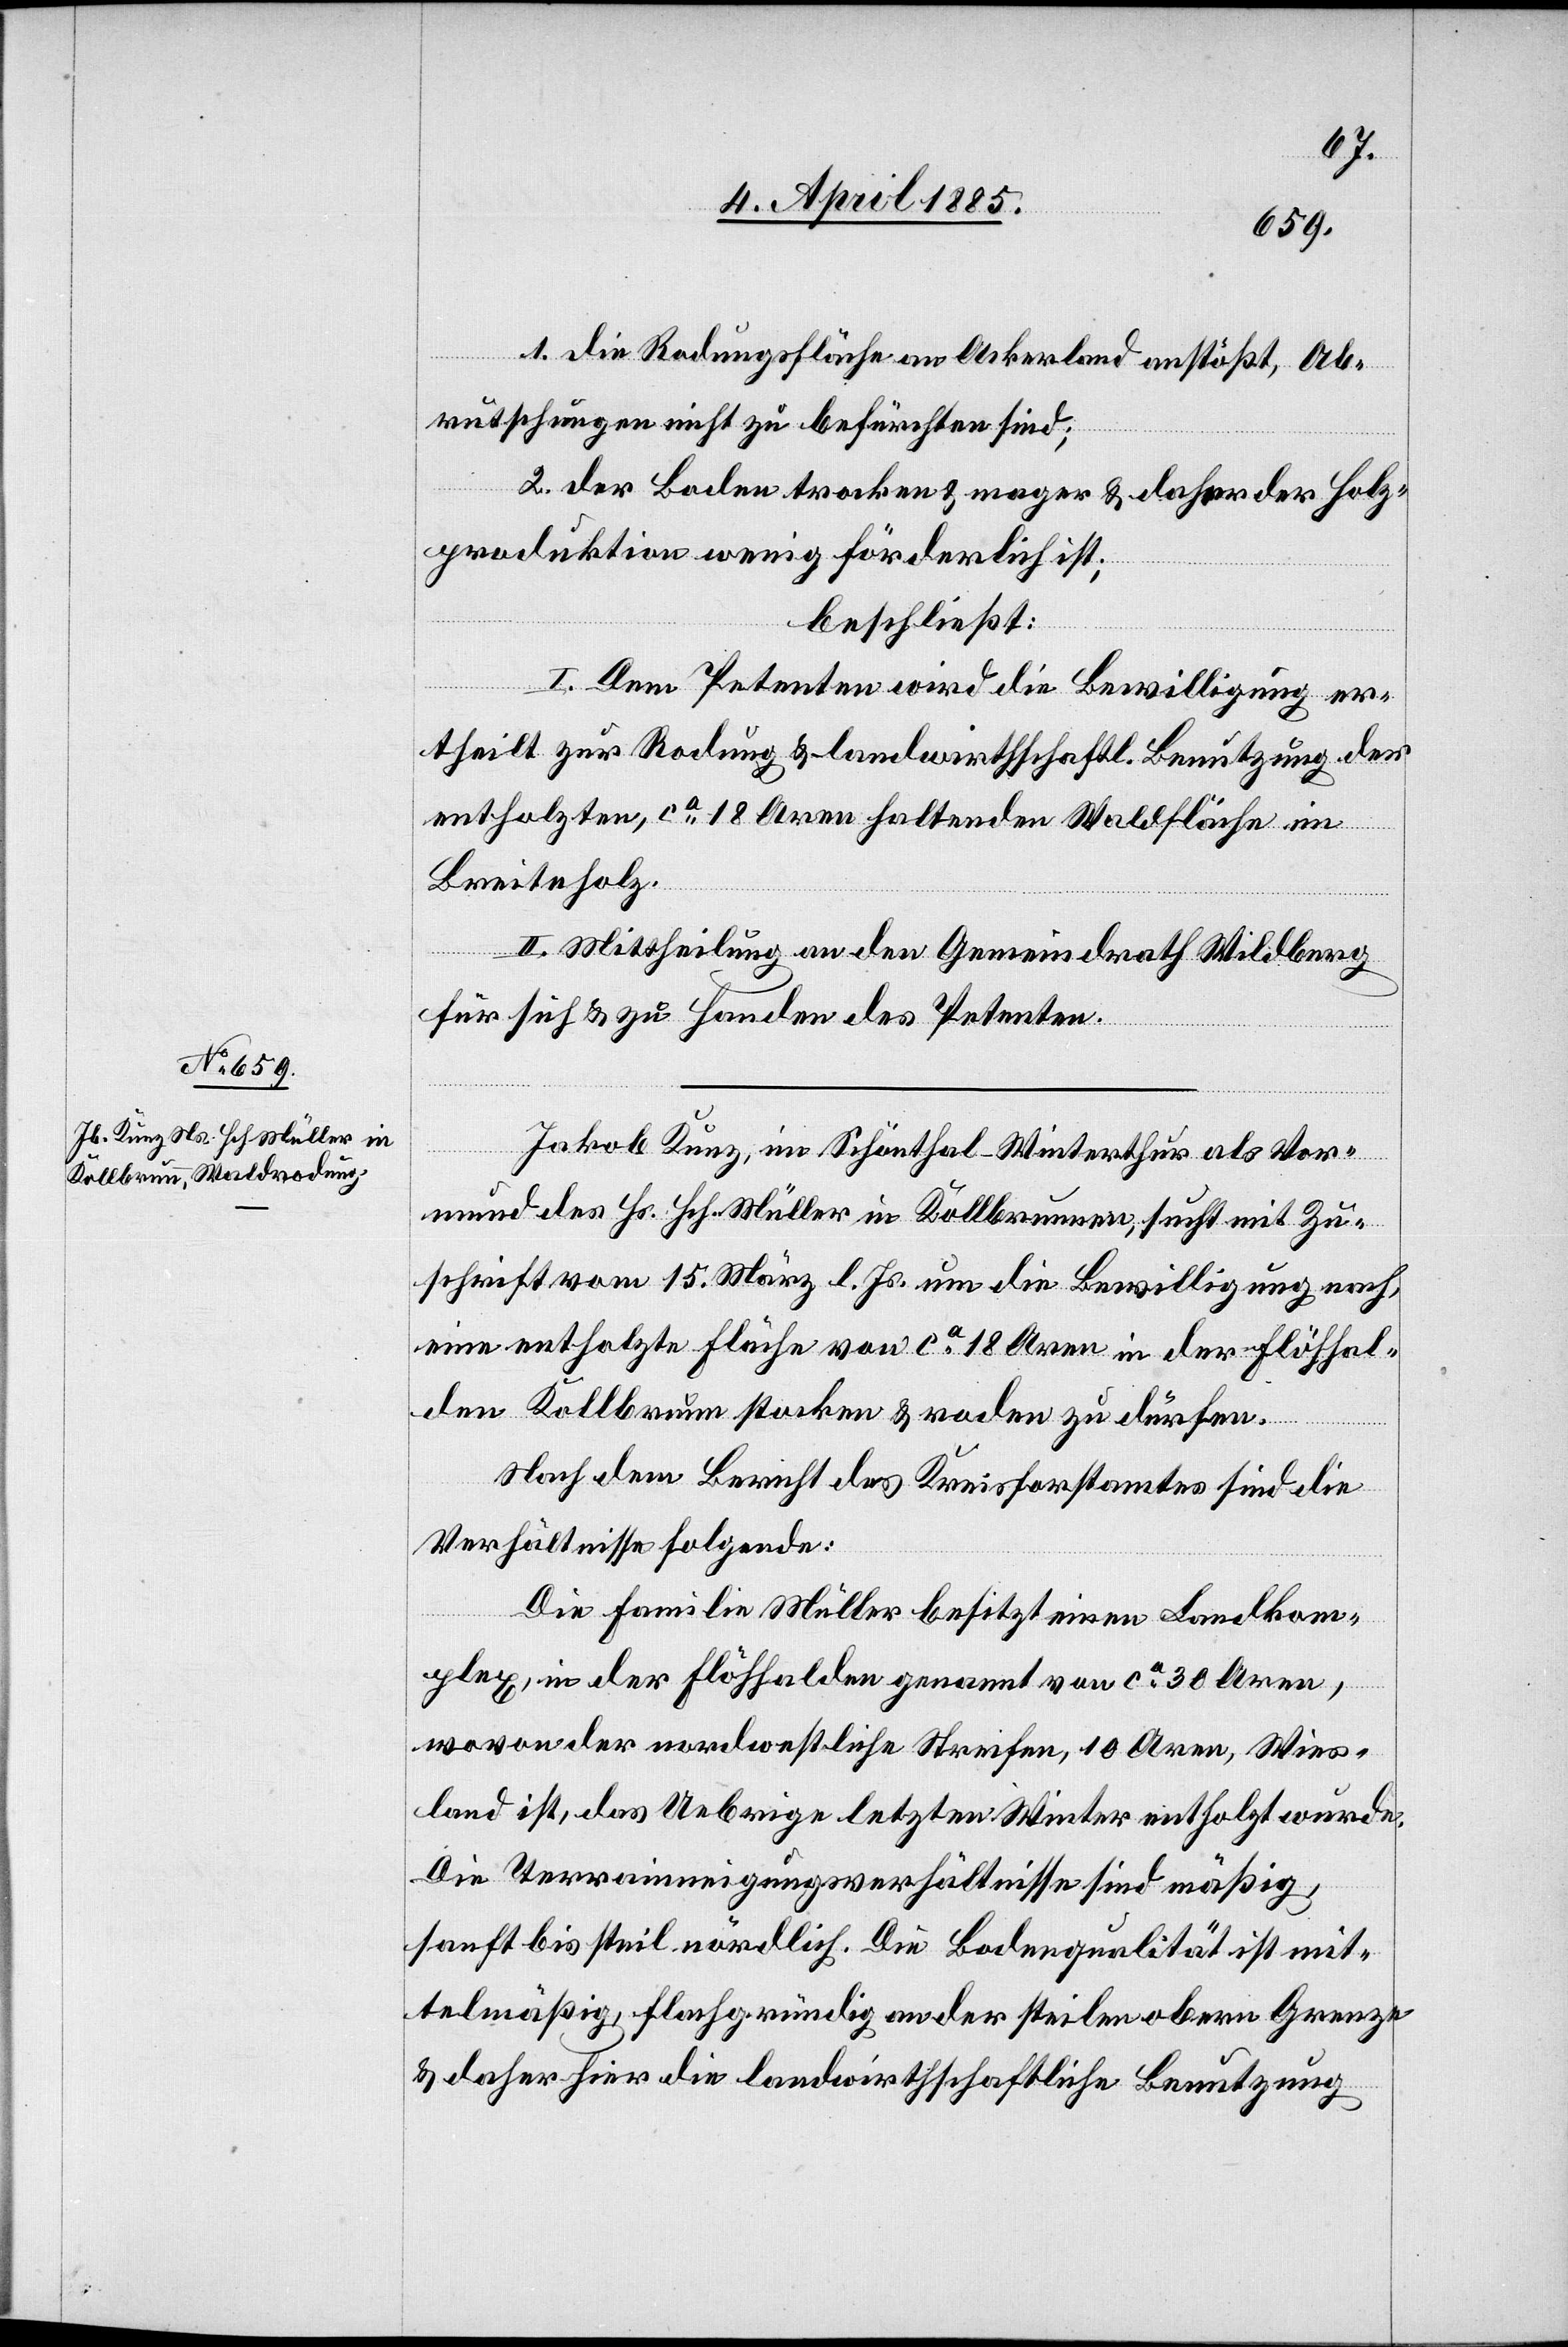
1. die Rodungsfläche am Ackerland anstößt, Ab¬
rutschungen nicht zu befürchten sind;
2. der Boden trocken & mager & daher der Holz¬
produktion wenig förderlich ist;
beschließt:
I. Dem Petenten wird die Bewilligung er¬
theilt zur Rodung & landwirthschaftl. Benutzung der
entholzten, ca 18 Aren haltenden Waldfläche im
Breitenholz.
II. Mittheilung an den Gemeindrath Wildberg
für sich & zu Handen des Petenten.
Jakob Kunz, im Schönthal - Winterthur als Vor¬
mund des Hs. Hch. Müller in Kollbrunnen [sic!], sucht mit Zu¬
schrift vom 15. März l. Js. um die Bewilligung nach,
eine entholzte Fläche von ca 18 Aren in der Flöhhal¬
den Kollbrunn stocken & roden zu dürfen.
Nach dem Bericht des Kreisforstamtes sind die
Verhältnisse folgende:
Die Familie Müller besitzt einen Landkom¬
plex in der Flöhhalden genannt von ca 30 Aren,
wovon der nordwestliche Streifen, 10 Aren, Wies¬
land ist, das Uebrige[ns] letzten Winter entholzt wurde.
Die Terrainneigungsverhältnisse sind mäßig,
sanft bis steil nördlich. Die Bodenqualität ist mit¬
telmäßig, flachgründig an der steilen obern Grenze
& daher hier die landwirtschaftliche Benutzung